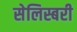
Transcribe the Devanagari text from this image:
सेलिस्बरी